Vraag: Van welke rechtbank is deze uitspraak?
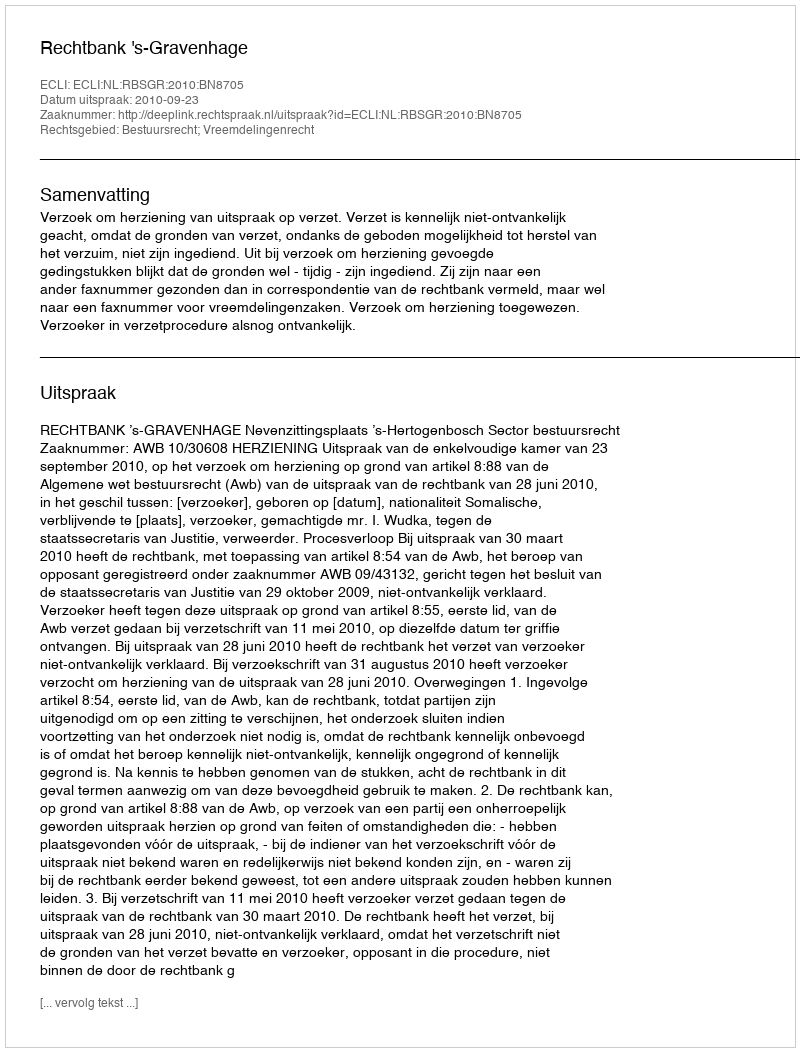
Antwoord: Rechtbank 's-Gravenhage